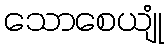
သောစေယျုံ